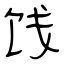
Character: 饯